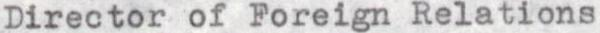
Director of Foreign Relations